Leaving Certificate Examination, 1923
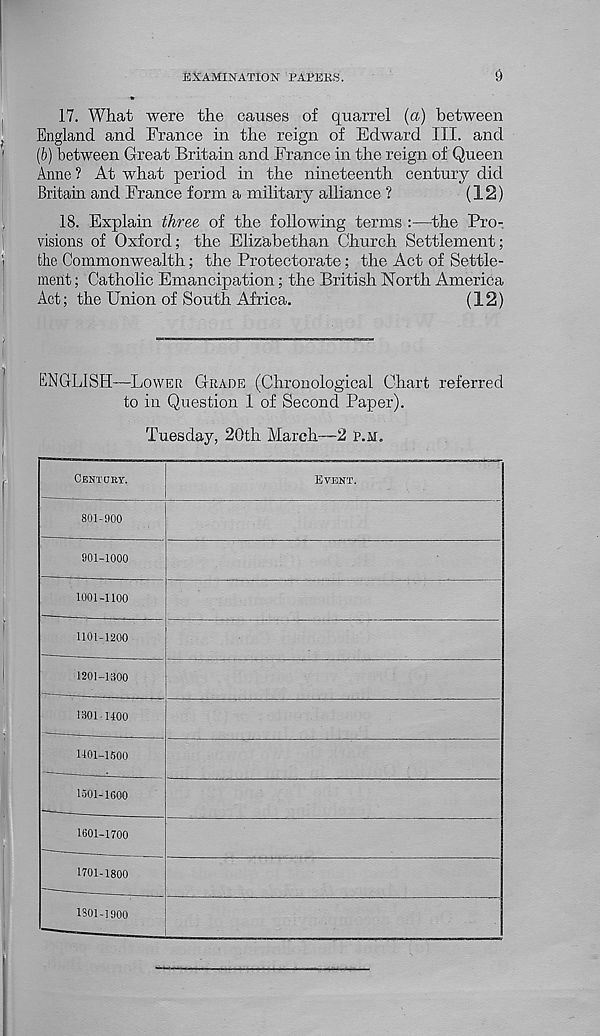
EXAMINATION PAPERS.
9
17. What were the causes of quarrel (a) between
England and France in the reign of Edward III. and
(b) between Great Britain and France in the reign of Queen
Anne ? At what period in the nineteenth century did
Britain and France form a military alliance ?
(12)
18. Explain three of the following terms :—the Pro-
visions of Oxford; the Elizabethan Church Settlement;
the Commonwealth; the Protectorate; the Act of Settle-
ment ; Catholic Emancipation; the British North America
Act; the Union of South Africa.
(12)
ENGLISH—LOWER GRADE (Chronological Chart referred
to in Question 1 of Second Paper).
Tuesday, 20th March—2 P.M.